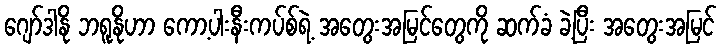
ဂျော်ဒါနို ဘရူနိုဟာ ကော့ပါးနီးကပ်စ်ရဲ့ အတွေးအမြင်တွေကို ဆက်ခံ ခဲ့ပြီး အတွေးအမြင်